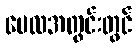
မေလအတွင်းတွင်